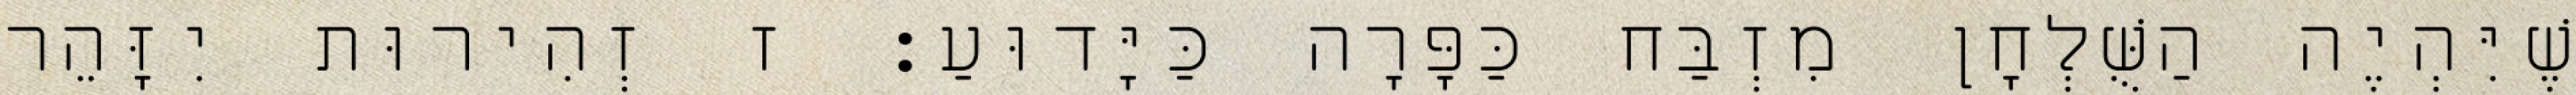
שֶׁיִּהְיֶה הַשֻּׁלְחָן מִזְבַּח כַּפָּרָה כַּיָּדוּעַ: ז זְהִירוּת יִזָּהֵר